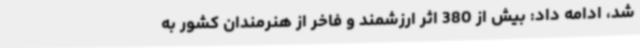
شد، ادامه داد: بیش از 380 اثر ارزشمند و فاخر از هنرمندان کشور به